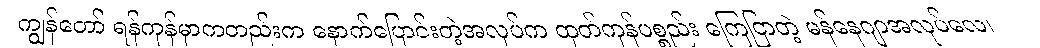
ကျွန်တော် ရန်ကုန်မှာကတည်းက နောက်ပြောင်းတဲ့အလုပ်က ထုတ်ကုန်ပစ္စည်း ကြေငြာတဲ့ မန်နေဂျာအလုပ်လေ၊